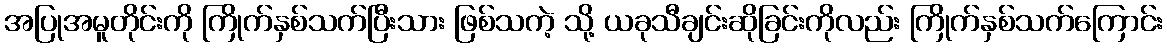
အပြုအမူတိုင်းကို ကြိုက်နှစ်သက်ပြီးသား ဖြစ်သကဲ့ သို့ ယခုသီချင်းဆိုခြင်းကိုလည်း ကြိုက်နှစ်သက်ကြောင်း